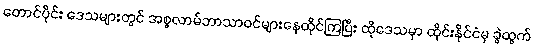
တောင်ပိုင်း ဒေသများတွင် အစ္စလာမ်ဘာသာဝင်များနေထိုင်ကြပြီး ထိုဒေသမှာ ထိုင်းနိုင်ငံမှ ခွဲထွက်